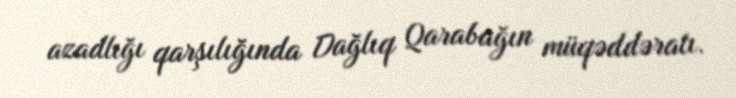
azadlığı qarşılığında Dağlıq Qarabağın müqəddəratı.